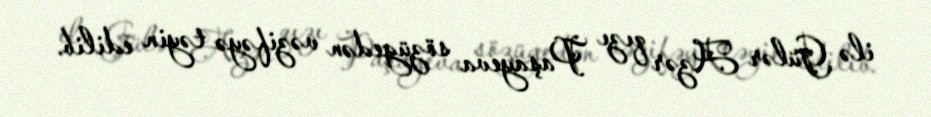
ilə Gülər Azər qızı Paşayeva sözügedən vəzifəyə təyin edilib.